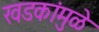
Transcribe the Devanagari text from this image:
खडकांमुळे